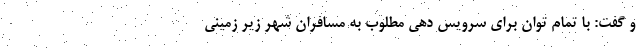
و گفت: با تمام توان برای سرویس دهی مطلوب به مسافران شهر زیر زمینی